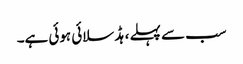
سب سے پہلے ، ہڈ سلائی ہوئی ہے۔